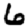
Digit: 6